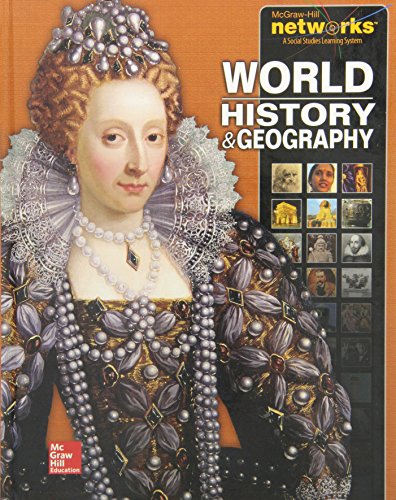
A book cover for World History & Geography (Human Experience - Early Ages); Jackson J., Ph.D. Spielvogel; Teen & Young Adult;